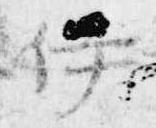
伊